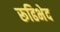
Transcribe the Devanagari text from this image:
रूढिभेद